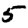
Digit: 5